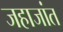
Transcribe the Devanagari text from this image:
जहाजांत